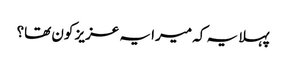
پہلا یہ کہ میرا یہ عزیز کون تھا؟